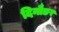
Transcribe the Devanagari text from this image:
दिनौङा